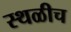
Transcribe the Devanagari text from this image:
स्थळीच